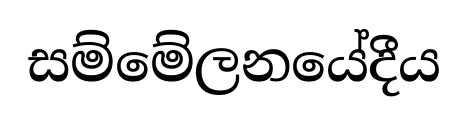
සම්මේලනයේදීය